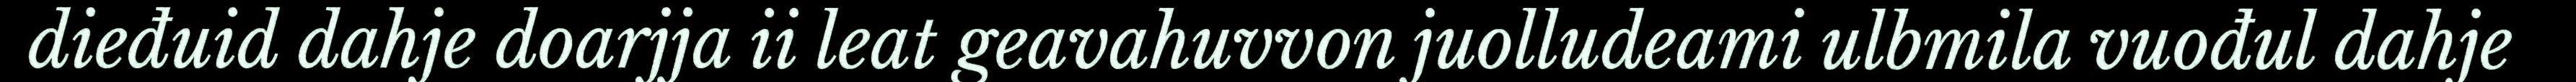
dieđuid dahje doarjja ii leat geavahuvvon juolludeami ulbmila vuođul dahje